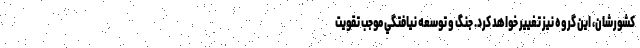
كشورشان، اين گروه نيز تغيير خواهد كرد. جنگ و توسعه نيافتگي موجب تقويت